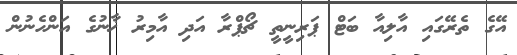
އޭގެ ތެރޭގައި އާލިއާ ބަޓް ޕަރިނީތީ ޗޯޕްރާ އަދި އާމިރު ޚާނުގެ އަންހެނުން